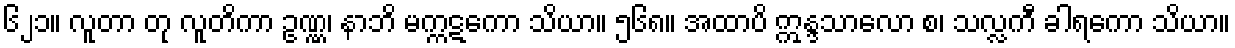
၆၂၁။ လူတာ တု လူတိကာ ဥဏ္ဏ၊ နာဘိ မက္ကဋကော သိယာ။ ၅၆၈။ အထာပိ ဣန္ဒသာလော စ၊ သလ္လကီ ခါရကော သိယာ။